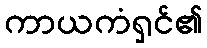
ကာယကံရှင်၏